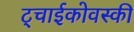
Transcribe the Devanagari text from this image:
ट्चाईकोवस्की